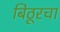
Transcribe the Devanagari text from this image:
बिठूरचा